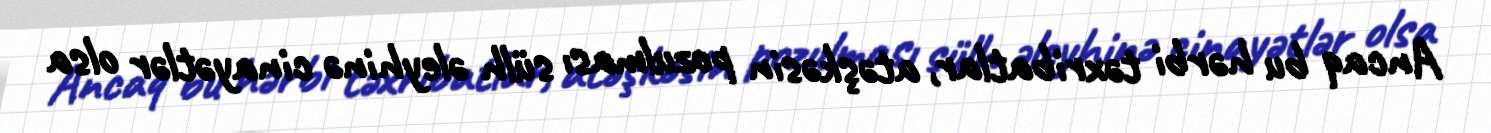
Ancaq bu hərbi təxribatlar, atəşkəsin pozulması sülh əleyhinə cinayətlər olsa